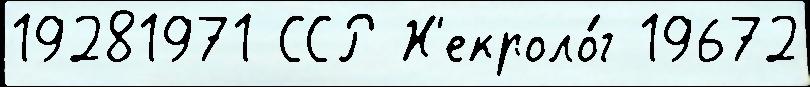
19281971 ССР Н'екроло́г 19672